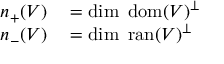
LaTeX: \begin{array} { r l } { n _ { + } ( V ) } & { { } = \dim \ \operatorname { d o m } ( V ) ^ { \perp } } \\ { n _ { - } ( V ) } & { { } = \dim \ \operatorname { r a n } ( V ) ^ { \perp } } \end{array}